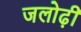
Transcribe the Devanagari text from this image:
जलोढ़ी